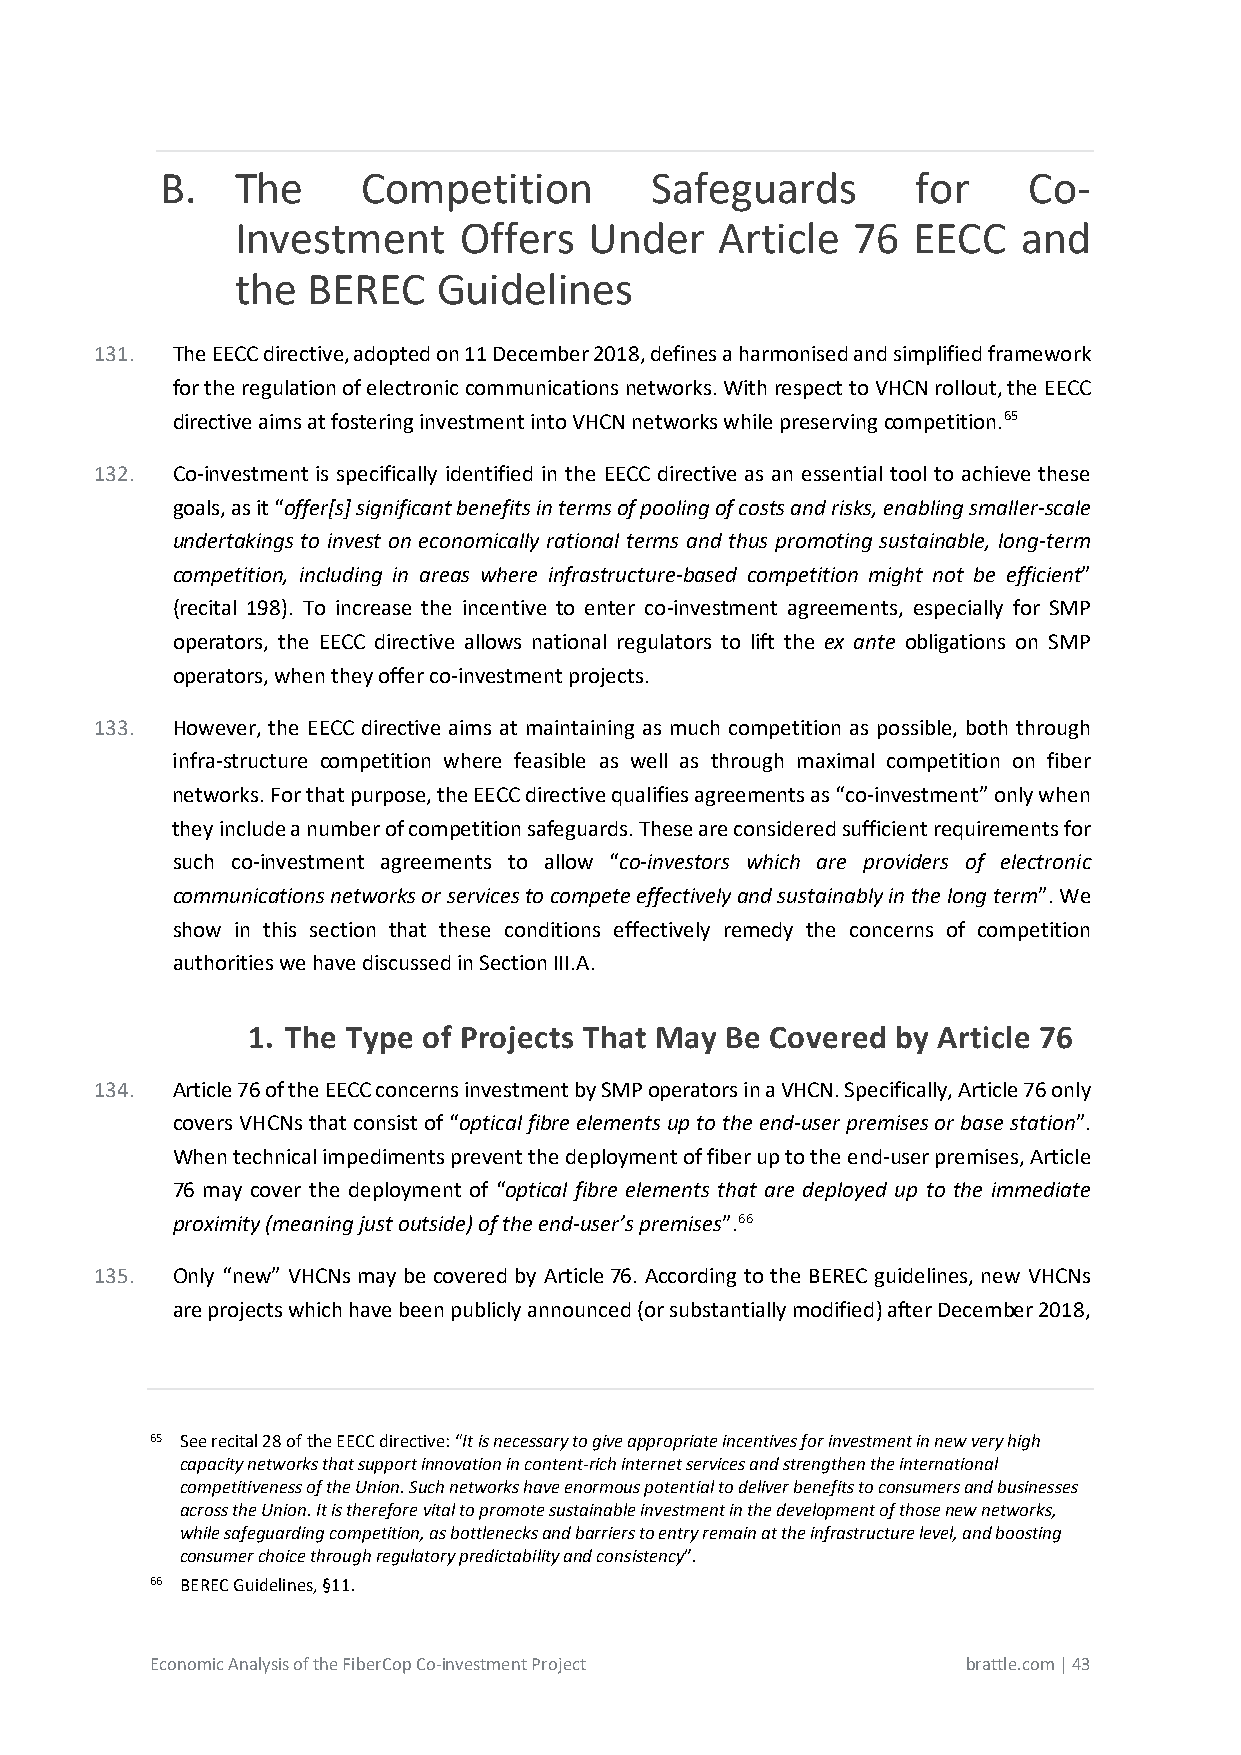
B.   The     Competition        Safeguards        for    Co-
 Investment    Offers   Under    Article 76  EECC    and
 the BEREC    Guidelines
 131. The EECC directive, adopted on 11 December 2018, defines a harmonised and simplified framework
 for the regulation of electronic communications networks. With respect to VHCN rollout, the EECC
 directive aims at fostering investment into VHCN networks while preserving competition.65
 132. Co-investment is specifically identified in the EECC directive as an essential tool to achieve these
 goals, as it “offer[s] significant benefits in terms of pooling of costs and risks, enabling smaller-scale
 undertakings to invest on economically rational terms and thus promoting sustainable, long-term
 competition, including in areas where infrastructure-based competition might not be efficient”
 (recital 198). To increase the incentive to enter co-investment agreements, especially for SMP
 operators, the EECC directive allows national regulators to lift the ex ante obligations on SMP
 operators, when they offer co-investment projects.
 133. However, the EECC directive aims at maintaining as much competition as possible, both through
 infra-structure competition where feasible as well as through maximal competition on fiber
 networks. For that purpose, the EECC directive qualifies agreements as “co-investment” only when
 they include a number of competition safeguards. These are considered sufficient requirements for
 such co-investment agreements to allow “co-investors which are providers of electronic
 communications networks or services to compete effectively and sustainably in the long term”. We
 show in this section that these conditions effectively remedy the concerns of competition
 authorities we have discussed in Section III.A.
 1. The Type of Projects That May Be Covered by Article 76
 134. Article 76 of the EECC concerns investment by SMP operators in a VHCN. Specifically, Article 76 only
 covers VHCNs that consist of “optical fibre elements up to the end-user premises or base station”.
 When technical impediments prevent the deployment of fiber up to the end-user premises, Article
 76 may cover the deployment of “optical fibre elements that are deployed up to the immediate
 proximity (meaning just outside) of the end-user’s premises”.66
 135. Only “new” VHCNs may be covered by Article 76. According to the BEREC guidelines, new VHCNs
 are projects which have been publicly announced (or substantially modified) after December 2018,
 65 See recital 28 of the EECC directive: “It is necessary to give appropriate incentives for investment in new very high
 capacity networks that support innovation in content-rich internet services and strengthen the international
 competitiveness of the Union. Such networks have enormous potential to deliver benefits to consumers and businesses
 across the Union. It is therefore vital to promote sustainable investment in the development of those new networks,
 while safeguarding competition, as bottlenecks and barriers to entry remain at the infrastructure level, and boosting
 consumer choice through regulatory predictability and consistency”.
 66 BEREC Guidelines, §11.
 Economic Analysis of the FiberCop Co-investment Project brattle.com | 43